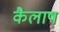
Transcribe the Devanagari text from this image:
कैलाष